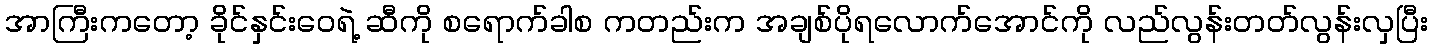
အာကြီးကတော့ ခိုင်နှင်းဝေရဲ့ ဆီကို စရောက်ခါစ ကတည်းက အချစ်ပိုရလောက်အောင်ကို လည်လွန်းတတ်လွန်းလှပြီး